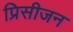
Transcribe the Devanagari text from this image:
प्रिसीजन